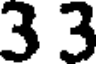
3 3